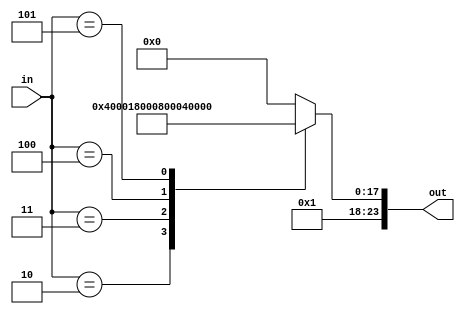
/*
   This file was generated automatically by the Mojo IDE version B1.3.3.
   Do not edit this file directly. Instead edit the original Lucid source.
   This is a temporary file and any changes made to it will be destroyed.
*/

module latch_decoder2_19 (
    input [4:0] in,
    output reg [23:0] out
  );
  
  
  
  always @* begin
    
    case (in)
      1'h0: begin
        out = 24'h040000;
      end
      1'h1: begin
        out = 24'h040000;
      end
      2'h2: begin
        out = 24'h050000;
      end
      2'h3: begin
        out = 24'h058000;
      end
      3'h4: begin
        out = 24'h060000;
      end
      3'h5: begin
        out = 24'h068000;
      end
      default: begin
        out = 24'h040000;
      end
    endcase
  end
endmodule